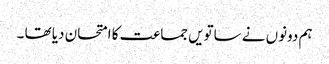
ہم دونوں نے ساتویں جماعت کا امتحان دیا تھا ۔